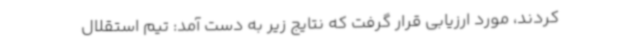
کردند، مورد ارزیابی قرار گرفت که نتایج زیر به دست آمد: تیم استقلال